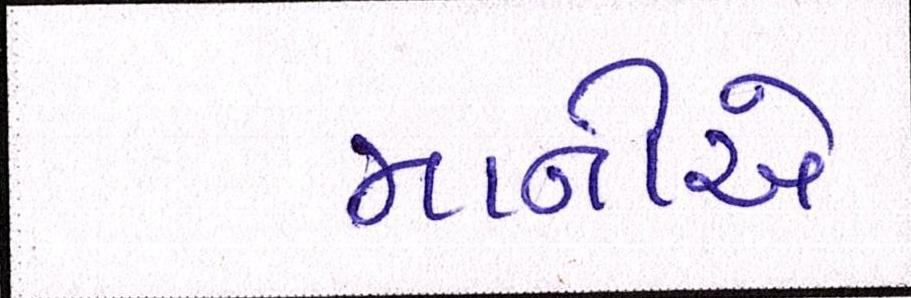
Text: માનીએ